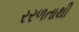
રરળતાથી